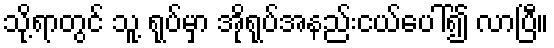
သို့ရာတွင် သူ့ ရုပ်မှာ အိုရုပ်အနည်းငယ်ပေါ်၍ လာပြီ။